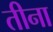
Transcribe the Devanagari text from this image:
तीना